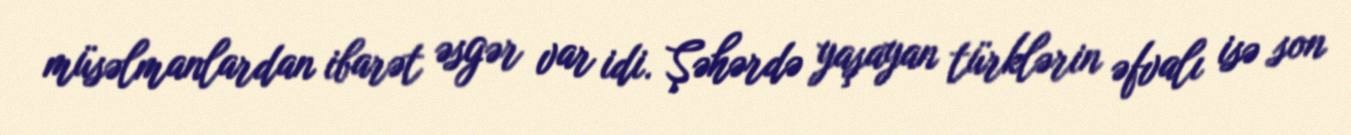
müsəlmanlardan ibarət əsgər var idi. Şəhərdə yaşayan türklərin əfvalı isə son